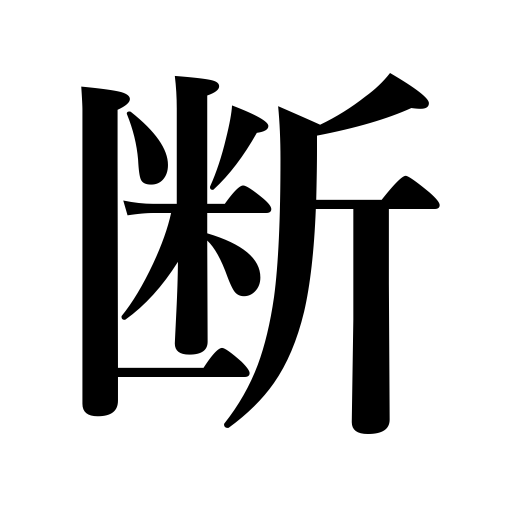
Meanings: decision,dismiss,cut off,eradicate,suppress,apologize,warn,cutting,give notice,decline,prohibit,interrupt,sever,abstain from,shut off,refuse,judgment